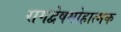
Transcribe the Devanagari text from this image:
रागद्वेषमोहात्मक